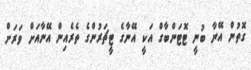
ގޮތުން އޭނާ ބުނީ ޓޮޓަންބާގް އަކީ އޭނާގެ ޓީޗަރުންގެ ތެރެއިން އޭނާއަށް ވަރަށް